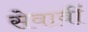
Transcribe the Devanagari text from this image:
सेवावीं